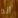
أنه